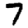
Digit: 7